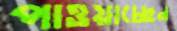
পাওয়াচ্ছেন